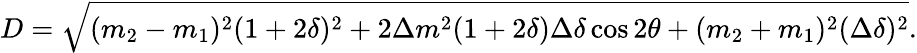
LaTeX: D=\sqrt{(m_{2}-m_{1})^{2}(1+2\delta)^{2}+2\Delta m^{2}(1+2\delta)\Delta\delta\cos 2\theta+(m_{2}+m_{1})^{2}(\Delta\delta)^{2}}.